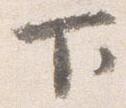
下